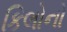
કિલોનો